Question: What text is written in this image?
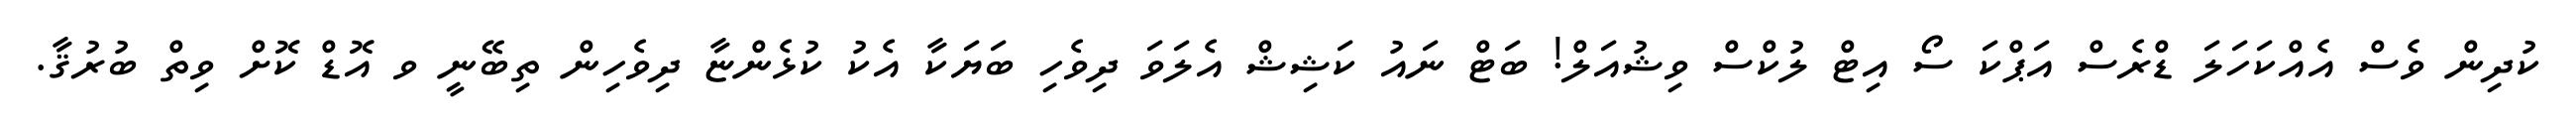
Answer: ކުދިން ވެސް އެއްކަހަލަ ޑްރެސް އަޕްކަ ސޯ އިޓް ލުކްސް ވިޝުއަލް! ބަޓް ނައު ކަޝިޝް އެލަވަ ދިވެހި ބަޔަކާ އެކު ކުޅެންޏާ ދިވެހިން ތިބޭނީ ވ އޮޑް ކޮށް ވިތް ބުރުޤާ.